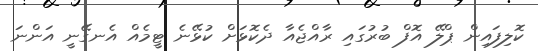
ކޮލިފައިން ޕްލޭ އޮފް ބުރުގައި ރާއްޖެއާ ދެކޮޅަށް ކުޅޭނެ ޓީމެއް އެނގޭނީ އަންނަ